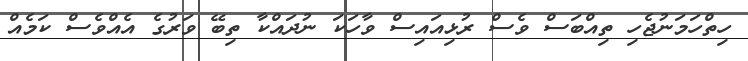
ހިތްހަމަނުޖެހި ތިއްބަސް ވެސް ރުޅިއައިސް ވާހަކަ ނުދައްކާ ތިބޭ ވަރުގެ އެއްވެސް ކަމެއް